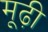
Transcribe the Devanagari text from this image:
मूढ़ी